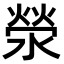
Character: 滎